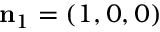
{ \mathbf { n } _ { 1 } } = ( 1 , 0 , 0 )